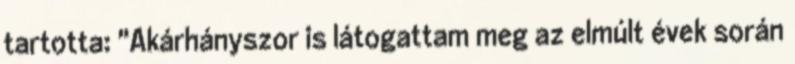
tartotta: "Akárhányszor is látogattam meg az elmúlt évek során